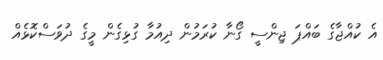
އެ ކުއްޖާގެ ބައްޕަ ޖިންސީ ގޯނާ ކުރަމުން ދިއުމާ ގުޅިގެން މީގެ ދުވަސްކޮޅެއް